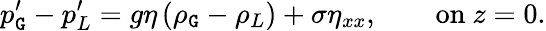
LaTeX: p_{\mathtt{G}}^{\prime}-p_{L}^{\prime}=g\eta\left(\rho_{\mathtt{G}}-\rho_{L}\right)+\sigma\eta_{xx},\qquad{\mathrm{{on~}}}z=0.